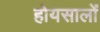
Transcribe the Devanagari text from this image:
होयसालों